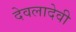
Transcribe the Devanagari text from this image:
देवलादेवी